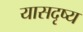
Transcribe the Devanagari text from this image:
यासदृष्य